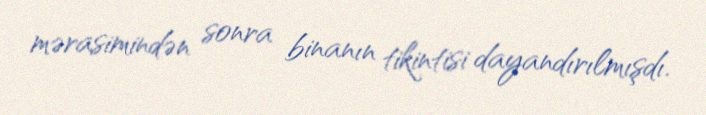
mərasimindən sonra binanın tikintisi dayandırılmışdı.